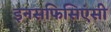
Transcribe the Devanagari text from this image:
इनसफिसिएंसी